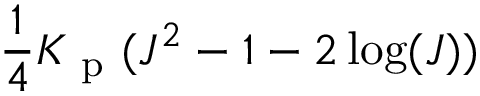
\frac { 1 } { 4 } K _ { \mathrm { ~ p ~ } } ( J ^ { 2 } - 1 - 2 \log ( J ) )